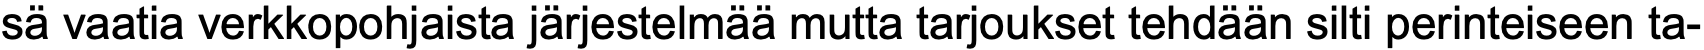
sä vaatia verkkopohjaista järjestelmää mutta tarjoukset tehdään silti perinteiseen ta-